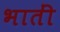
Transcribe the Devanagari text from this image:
भातीं